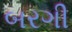
બરગી